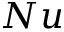
N u